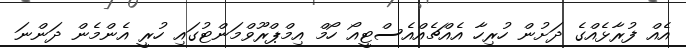
އެއް ފުރާޅެއްގެ ދަށުން ހުރިހާ އެއްޗެއްއެސްޓީއޯ ހޯމް އިމްޕްރޫވްމަންޓުގައި ހުރީ އެންމެން ދަންނަ